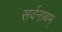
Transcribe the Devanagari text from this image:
सर्वनाथम्